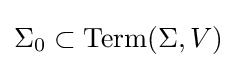
\Sigma _{0}\subset \mathrm {Term} (\Sigma ,V)